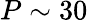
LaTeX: P\sim 30